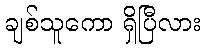
ချစ်သူကော ရှိပြီလား